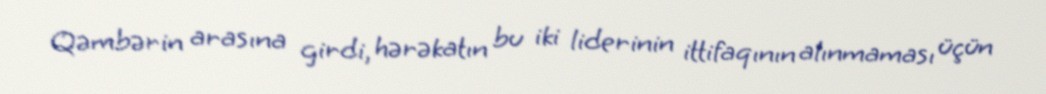
Qəmbərin arasına girdi, hərəkatın bu iki liderinin ittifaqının alınmaması üçün